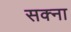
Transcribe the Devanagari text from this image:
सक्ना